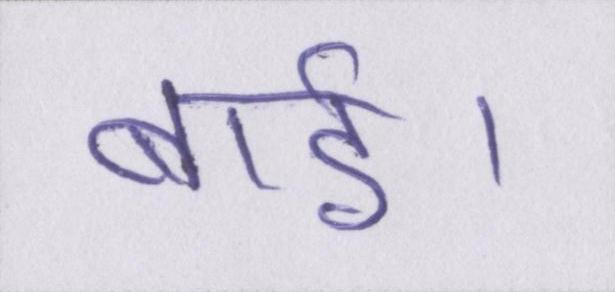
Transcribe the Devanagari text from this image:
बाई।